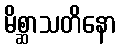
မိစ္ဆာသတိနော